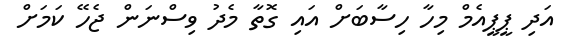
އަދި ޕީޕީއެމް މިހާ ހިސާބަށް އައި ގޮތާ މެދު ވިސްނަން ޖެހޭ ކަމަށް